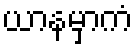
ယာနမှာကံ